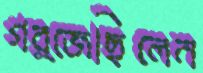
গর্জেছিলেন